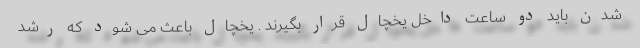
شدن باید دو ساعت داخل یخچال قرار بگیرند . یخچال باعث می شود که رشد